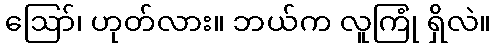
ဪ၊ ဟုတ်လား။ ဘယ်က လူကြုံ ရှိလဲ။